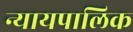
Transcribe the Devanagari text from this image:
न्यायपालिक